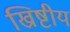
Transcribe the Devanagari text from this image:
ख्रिष्टीय